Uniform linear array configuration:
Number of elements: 16
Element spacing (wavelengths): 0.5
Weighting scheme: binomial
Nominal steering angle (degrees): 30
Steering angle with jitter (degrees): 28.584
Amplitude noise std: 0.05
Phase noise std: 0.05

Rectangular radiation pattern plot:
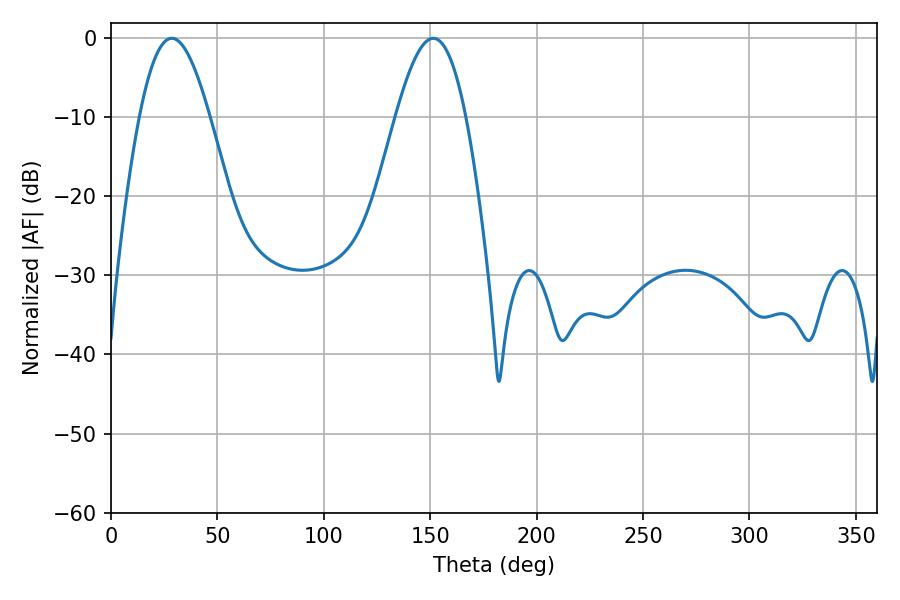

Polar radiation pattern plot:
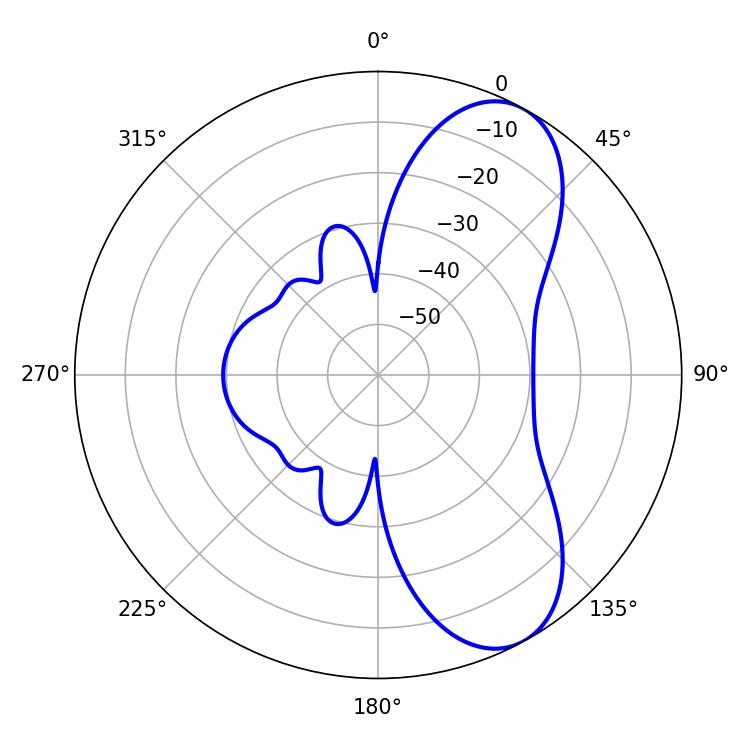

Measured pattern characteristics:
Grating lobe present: FALSE
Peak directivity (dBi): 7.817
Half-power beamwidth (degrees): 17.82
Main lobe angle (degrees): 28.62